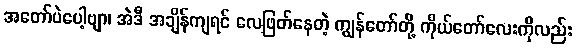
အတော်ပဲပေါ့ဗျာ၊ အဲဒီ အချိန်ကျရင် လေဖြတ်နေတဲ့ ကျွန်တော်တို့ ကိုယ်တော်လေးကိုလည်း